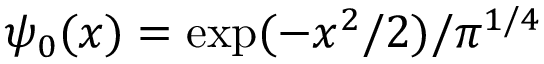
\psi _ { 0 } ( x ) = \exp ( - x ^ { 2 } / 2 ) / \pi ^ { 1 / 4 }